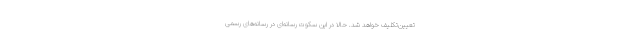
تعیین‌تکلیف خواهد شد. حالا در این سکوت رسانه‌ای در رسانه‌های رسمی